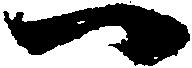
一